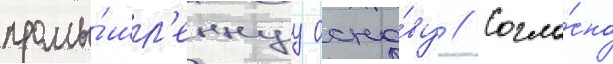
промы́шл'еннуу осно́ву // Согла́сно